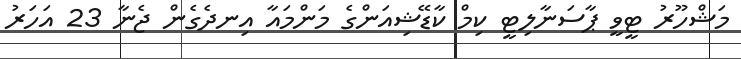
މަޝްހޫރު ޓީވީ ޕާސަނާލިޓީ ކިމް ކާޑޭޝިއަންގެ މަންމައާ އިނދެގެން ޖެނާ 23 އަހަރު